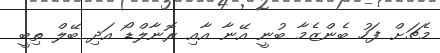
މެޗަށް ފަހު ބެންޒެމާ ބުނީ އޭނާ އާއި ރޮނާލްޑޯ އަދި ބޭލް ތިބީ